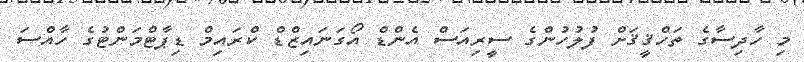
މި ހާދިސާގެ ތަހްޤީޤަށް ފުލުހުންގެ ސީރިއަސް އެންޑް އޯގަނައިޒްޑް ކްރައިމް ޑިޕާޓްމަންޓުގެ ހާއްސަ